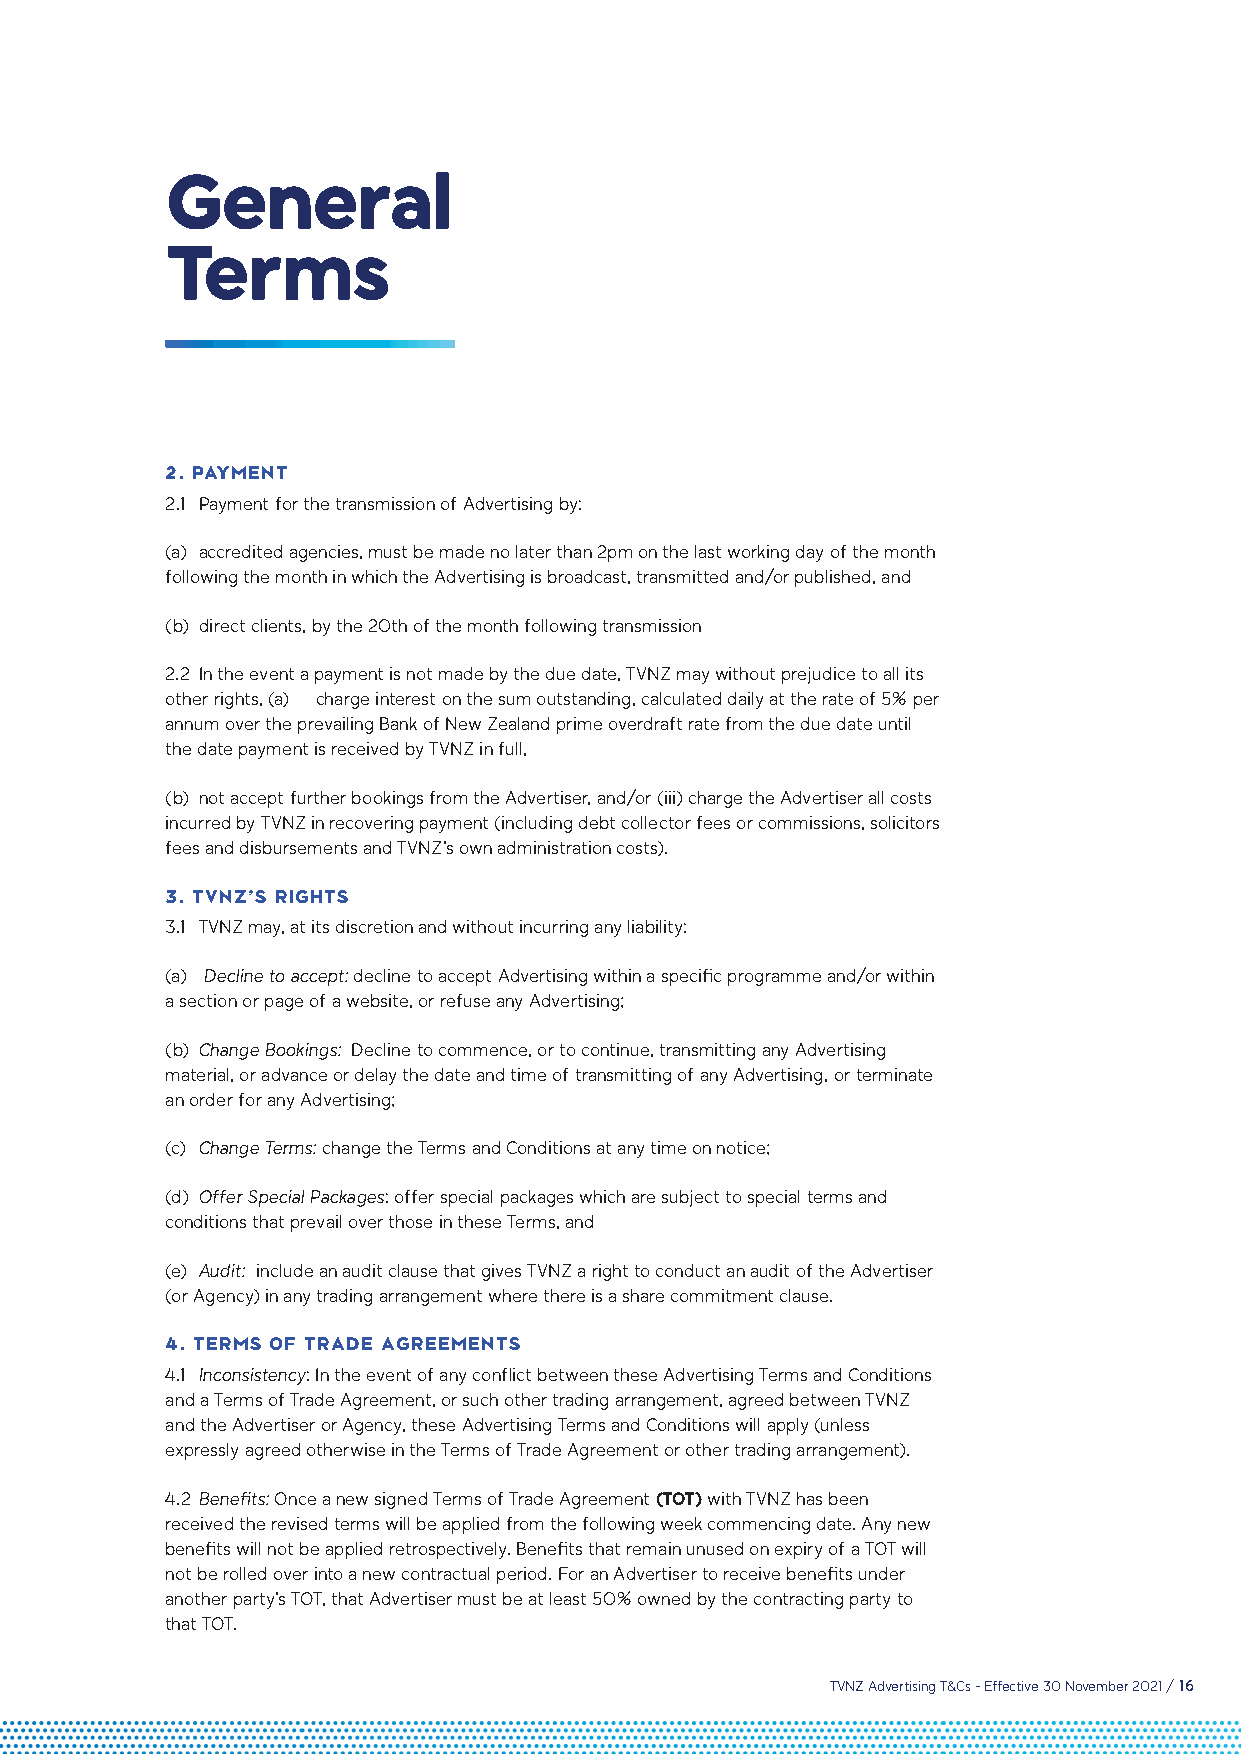
General
 Terms
 2. PAYMENT
 2.1 Payment for the transmission of Advertising by:
 (a) accredited agencies, must be made no later than 2pm on the last working day of the month
 following the month in which the Advertising is broadcast, transmitted and/or published, and
 (b) direct clients, by the 20th of the month following transmission
 2.2 In the event a payment is not made by the due date, TVNZ may without prejudice to all its
 other rights, (a) charge interest on the sum outstanding, calculated daily at the rate of 5% per
 annum over the prevailing Bank of New Zealand prime overdraft rate from the due date until
 the date payment is received by TVNZ in full,
 (b) not accept further bookings from the Advertiser, and/or (iii) charge the Advertiser all costs
 incurred by TVNZ in recovering payment (including debt collector fees or commissions, solicitors
 fees and disbursements and TVNZ’s own administration costs).
 3. TVNZ’S RIGHTS
 3.1 TVNZ may, at its discretion and without incurring any liability:
 (a) Decline to accept: decline to accept Advertising within a specific programme and/or within
 a section or page of a website, or refuse any Advertising;
 (b) Change Bookings: Decline to commence, or to continue, transmitting any Advertising
 material, or advance or delay the date and time of transmitting of any Advertising, or terminate
 an order for any Advertising;
 (c) Change Terms: change the Terms and Conditions at any time on notice;
 (d) Offer Special Packages: offer special packages which are subject to special terms and
 conditions that prevail over those in these Terms, and
 (e) Audit: include an audit clause that gives TVNZ a right to conduct an audit of the Advertiser
 (or Agency) in any trading arrangement where there is a share commitment clause.
 4. TERMS OF TRADE AGREEMENTS
 4.1 Inconsistency: In the event of any conflict between these Advertising Terms and Conditions
 and a Terms of Trade Agreement, or such other trading arrangement, agreed between TVNZ
 and the Advertiser or Agency, these Advertising Terms and Conditions will apply (unless
 expressly agreed otherwise in the Terms of Trade Agreement or other trading arrangement).
 4.2 Benefits: Once a new signed Terms of Trade Agreement (TOT) with TVNZ has been
 received the revised terms will be applied from the following week commencing date. Any new
 benefits will not be applied retrospectively. Benefits that remain unused on expiry of a TOT will
 not be rolled over into a new contractual period. For an Advertiser to receive benefits under
 another party’s TOT, that Advertiser must be at least 50% owned by the contracting party to
 that TOT.
 TVNZ Advertising T&Cs - Effective 30 November 2021 / 16